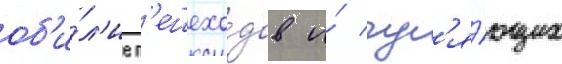
об'и́л'ие п'ешехо́дов и́ гул'я́ющих